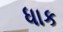
ધાક